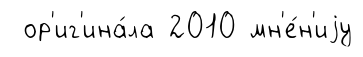
ор'иг'ина́ла 2010 мн'е́н'иjу